Lunatic asylums Punjab 1881-1894 - 1881-1894
Year: 1881
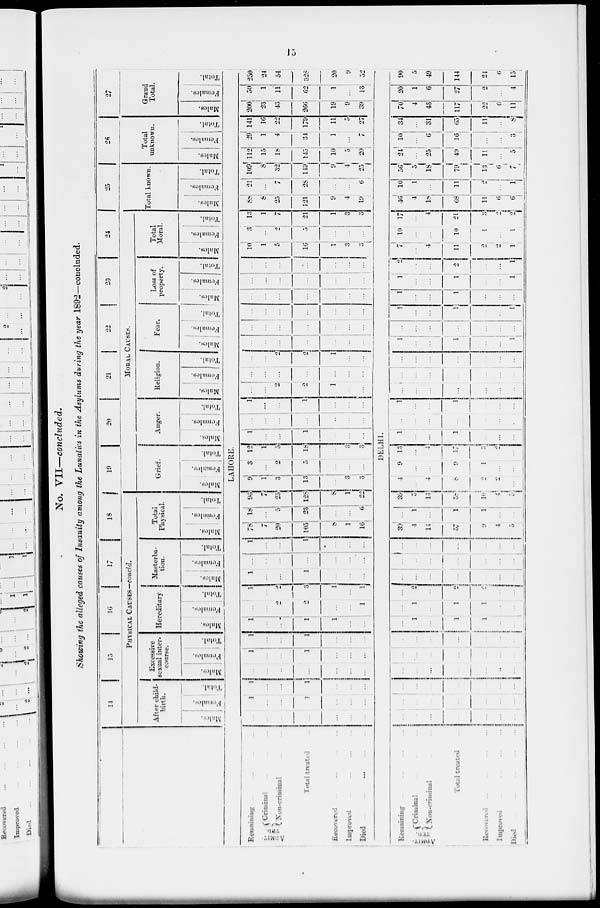
15
No. VII—concluded.
Showing the alleged causes of Insanity among the Lunatics in the Asylums during the year 1892—concluded.
14
15
16
17
18
PHYSICAL CAUSES—concld.
After child-
birth.
Males.
Females.
Total.
Excessive
sexual inter-
course.
Males.
Females.
Total.
Hereditary.
Males.
Females.
Total.
Masterba-
tion.
Males.
Females.
Total.
Total
Physical.
Males.
Females.
Total.
19
20
21
22 23 24
Modal Causes.
Grief.
Males.
Females.
Total.
Anger.
Males.
Females.
Total.
Religion.
Mules.
Females.
Total.
Fear.
Males.
Females.
Total.
Loss of
property.
Males.
Females.
Total.
Total
Moral.
Males.
Females.
Total.
25
Total known.
Males.
Females.
Total.
26
Total
unknown.
Males.
Females.
Total.
27
Grand
total.
Males.
Females.
Total.
LAHORE.
Remaining ... ... ... ...
ADMIT-
TED.
Criminal ... ... ...
Non-criminal ... ...
Total treated ...
Recovered
...
...
...
...
Improved
...
...
...
...
Died
...
...
...
...
...
...
...
...
...
...
...
...
1
...
...
1
...
...
...
1
...
...
1
...
...
...
...
...
...
...
...
...
...
1
...
...
1
...
...
...
1
...
...
1
...
...
...
1
...
...
1
1
...
...
...
...
2
2
...
...
1
1
...
2
3
1
...
1
1
...
...
1
...
...
...
...
...
...
...
...
...
...
1
...
...
1
...
...
...
78
7
20
105
8
1
16
18
...
5
23
...
...
6
96
7
25
128
8
1
22
9
1
3
13
...
3
3
3
...
2
5
...
...
...
12
1
5
18
...
3
3
1
...
...
1
...
...
...
...
...
...
...
...
...
...
1
...
...
1
...
...
...
...
...
2
2
1
...
...
...
...
...
...
...
...
...
...
...
2
2
1
...
...
...
...
...
...
...
...
...
...
...
...
...
...
...
...
...
...
...
...
...
...
...
...
...
...
...
...
...
...
...
...
...
...
...
...
...
...
...
...
...
...
...
...
10
1
5
16
1
3
3
3
...
2
5
...
...
...
13
1
7
21
1
3
3
88
8
25
121
9
4
19
21
...
7
28
...
...
6
109
8
32
149
9
4
25
112
15
18
145
10
5
20
29
1
4
34
1
...
7
141
16
22
179
11
5
27
200
23
43
266
19
9
39
50
1
11
62
1
...
13
250
24
54
328
20
9
52
DELHI.
Remaining
...
...
...
...
ADMIT-
TED.
Criminal ... ... ...
Non-criminal ... ... ...
Total treated ...
Recovered ... ... ... ...
Improved
...
...
...
...
Died
...
...
...
...
...
...
...
...
...
...
...
...
...
...
...
...
...
...
...
...
...
...
...
...
...
...
...
...
...
...
...
...
...
...
...
...
...
...
...
...
...
...
...
...
...
...
...
1
...
1
1
...
...
...
1
...
1
1
...
...
...
2
...
2
2
...
...
...
...
...
...
...
...
...
...
...
...
...
...
...
...
...
...
...
...
...
...
...
39
4
14
57
9
4
5
...
1
...
1
1
...
...
39
5
14
58
10
4
5
4
...
4
8
2
2
...
9
...
...
9
1
...
...
13
...
4
17
3
2
...
1
...
...
1
...
...
...
...
...
...
...
...
...
...
1
...
...
1
...
...
...
...
...
...
...
...
...
...
...
...
...
...
...
...
...
...
...
...
...
...
...
...
1
...
...
1
...
...
1
...
...
...
...
...
...
...
1
...
...
1
...
...
1
1
...
...
1
...
...
...
1
...
...
1
...
...
1
2
...
...
2
...
...
1
7
...
4
11
2
2
1
10
...
...
10
1
...
1
17
...
4
21
3
2
2
46
4
18
68
11
6
6
10
1
...
11
2
...
1
56
5
18
79
13
6
7
24
...
25
49
11
...
5
10
...
6
16
...
...
3
34
...
31
65
11
...
8
70
4
43
117
22
6
11
20
1
6
27
2
...
4
90
5
49
144
24
6
15